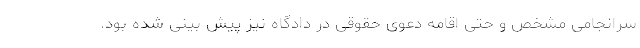
سرانجامی مشخص و حتی اقامه دعوی حقوقی در دادگاه نیز پیش بینی شده بود.